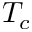
T _ { c }